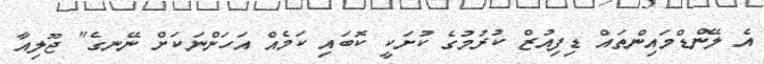
އެ ލޭންޑްމައިންތައް ޑިފިއުޒް ކުރުމުގެ ކުށަކީ ކޮބައި ކަމެއް އަހަންނަކަށް ނޭނގެ" ޖޫލިއާ